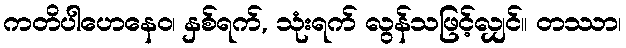
ကတိပါဟေနေဝ၊ နှစ်ရက်, သုံးရက် လွန်သဖြင့်လျှင်။ တဿာ၊